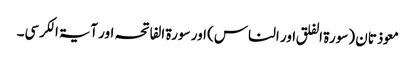
معوذتان (سورۃ الفلق اور الناس) اور سورۃ الفاتحہ اور آیۃ الکرسی۔